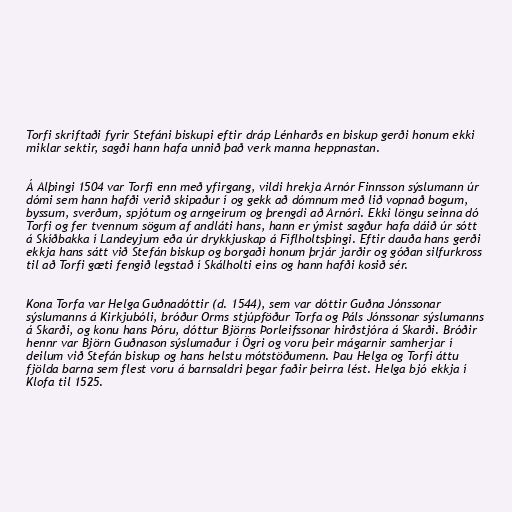
Torfi skriftaði fyrir Stefáni biskupi eftir dráp Lénharðs en biskup gerði honum ekki
miklar sektir, sagði hann hafa unnið það verk manna heppnastan.

Á Alþingi 1504 var Torfi enn með yfirgang, vildi hrekja Arnór Finnsson sýslumann úr
dómi sem hann hafði verið skipaður í og gekk að dómnum með lið vopnað bogum,
byssum, sverðum, spjótum og arngeirum og þrengdi að Arnóri. Ekki löngu seinna dó
Torfi og fer tvennum sögum af andláti hans, hann er ýmist sagður hafa dáið úr sótt
á Skíðbakka í Landeyjum eða úr drykkjuskap á Fíflholtsþingi. Eftir dauða hans gerði
ekkja hans sátt við Stefán biskup og borgaði honum þrjár jarðir og góðan silfurkross
til að Torfi gæti fengið legstað í Skálholti eins og hann hafði kosið sér.

Kona Torfa var Helga Guðnadóttir (d. 1544), sem var dóttir Guðna Jónssonar
sýslumanns á Kirkjubóli, bróður Orms stjúpföður Torfa og Páls Jónssonar sýslumanns
á Skarði, og konu hans Þóru, dóttur Björns Þorleifssonar hirðstjóra á Skarði. Bróðir
hennr var Björn Guðnason sýslumaður í Ögri og voru þeir mágarnir samherjar í
deilum við Stefán biskup og hans helstu mótstöðumenn. Þau Helga og Torfi áttu
fjölda barna sem flest voru á barnsaldri þegar faðir þeirra lést. Helga bjó ekkja í
Klofa til 1525.